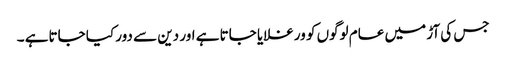
جس کی آڑ میں عام لوگوں کو ورغلایا جاتا ہے اور دین سے دور کیا جاتاہے ۔